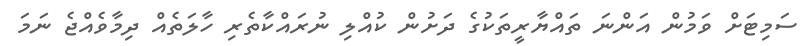
ސަމިޓަށް ވަމުން އަންނަ ތައްޔާރީތަކުގެ ދަށުން ކުއްލި ނުރައްކާތެރި ހާލަތެއް ދިމާވެއްޖެ ނަމަ